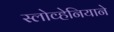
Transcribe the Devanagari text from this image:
स्लोव्हेनियाने